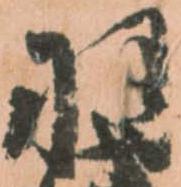
羽